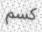
كسم